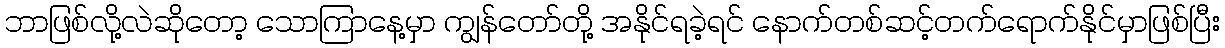
ဘာဖြစ်လို့လဲဆိုတော့ သောကြာနေ့မှာ ကျွန်တော်တို့ အနိုင်ရခဲ့ရင် နောက်တစ်ဆင့်တက်ရောက်နိုင်မှာဖြစ်ပြီး